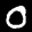
Label: 0